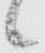
候